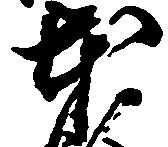
本